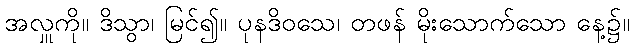
အလှူကို။ ဒိသွာ၊ မြင်၍။ ပုနဒိဝသေ၊ တဖန် မိုးသောက်သော နေ့၌။